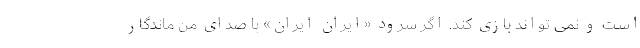
است و نمی تواند بازی کند. اگر سرود «ایران ایران» با صدای من ماندگار